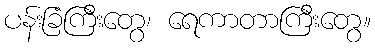
ပန်းခြံကြီးတွေ၊ ရေကာတာကြီးတွေ။